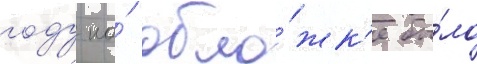
году на́ обло́жк'е бы́ло